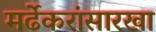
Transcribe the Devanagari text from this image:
मर्ढेकरांसारखा